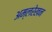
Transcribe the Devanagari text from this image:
अम्लरेखन